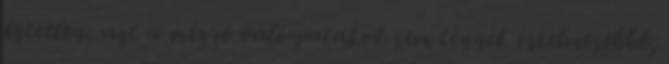
értetlen, azt a mézzé váló patakok sem tennék értelmesebbé;